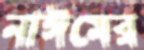
নাঈমের